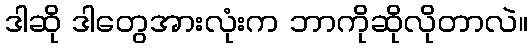
ဒါဆို ဒါတွေအားလုံးက ဘာကိုဆိုလိုတာလဲ။